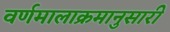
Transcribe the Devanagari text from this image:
वर्णमालाक्रमानुसारी